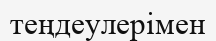
теңдеулерімен